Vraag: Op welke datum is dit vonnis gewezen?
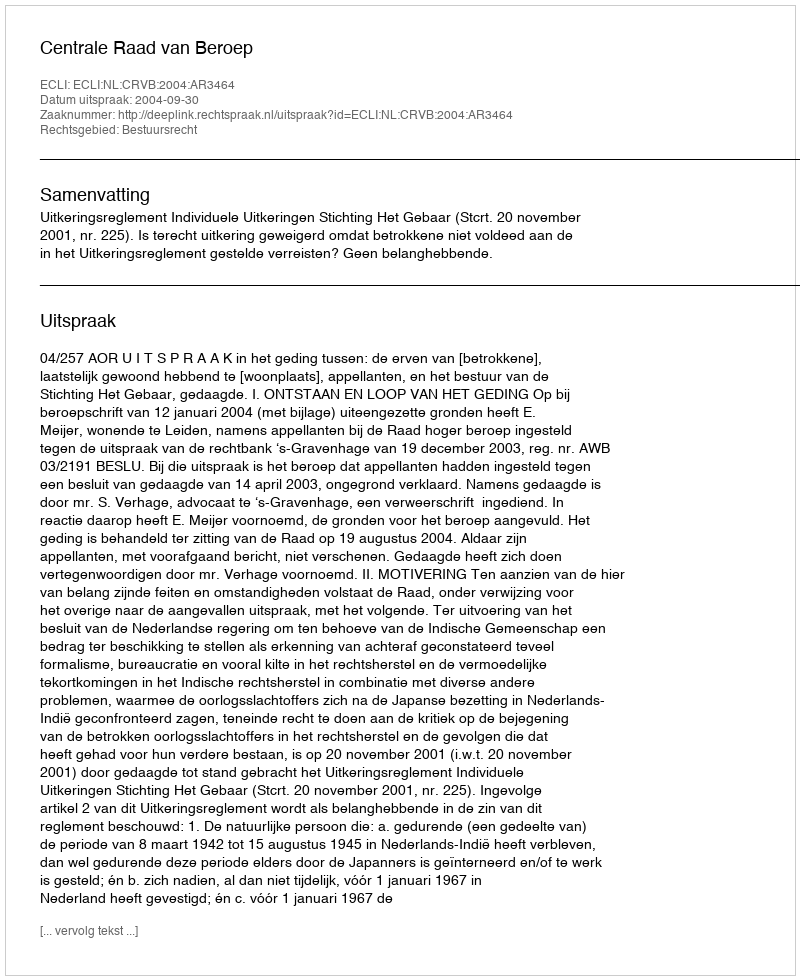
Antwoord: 2004-09-30